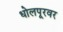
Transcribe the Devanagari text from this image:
धोलपूरवर